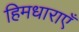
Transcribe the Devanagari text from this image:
हिमधाराएँ